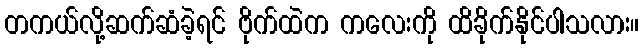
တကယ်လို့ဆက်ဆံခဲ့ရင် ဗိုက်ထဲက ကလေးကို ထိခိုက်နိုင်ပါသလား။